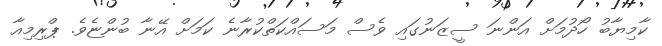
ކާމިޔާބު ހޯދުމަށް އަންނަ ސީޒަނުގައި ވެސް މަސައްކަތްކުރާނެ ކަމަށް އޭނާ ބުންޏެވެ. ޕްރިމިއާ